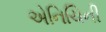
એનિચિની